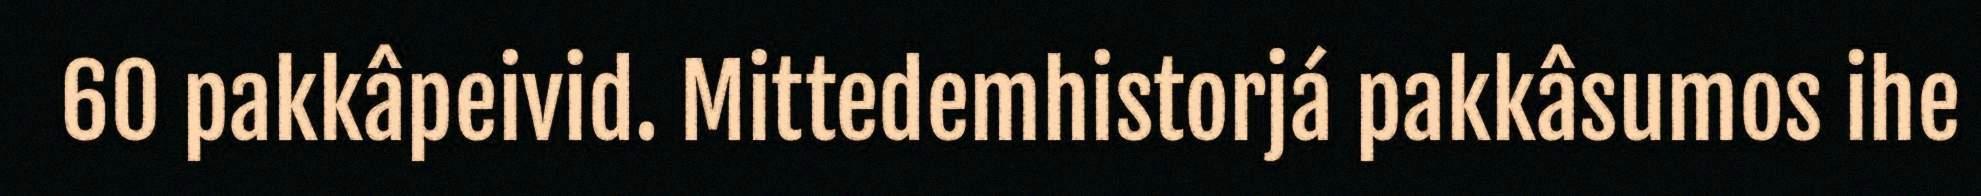
60 pakkâpeivid. Mittedemhistorjá pakkâsumos ihe